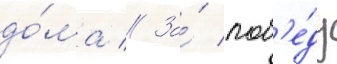
до́ма // За́ поб'е́ду